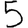
Digit: 5